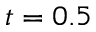
t = 0 . 5